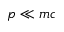
p \ll m c